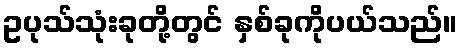
ဥပုသ်သုံးခုတို့တွင် နှစ်ခုကိုပယ်သည်။